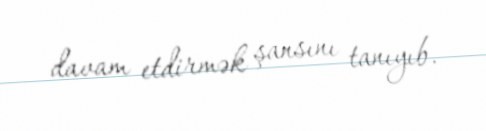
davam etdirmək şansını tanıyıb.